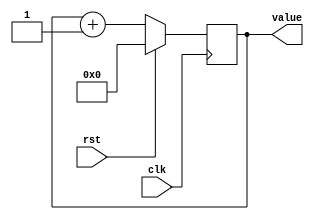
/*
   This file was generated automatically by Alchitry Labs version 1.2.7.
   Do not edit this file directly. Instead edit the original Lucid source.
   This is a temporary file and any changes made to it will be destroyed.
*/

/*
   Parameters:
     SIZE = WIDTH
     DIV = DIV
     TOP = TOP
     UP = 1
*/
module counter_3 (
    input clk,
    input rst,
    output reg [7:0] value
  );
  
  localparam SIZE = 4'h8;
  localparam DIV = 1'h0;
  localparam TOP = 1'h0;
  localparam UP = 1'h1;
  
  
  reg [7:0] M_ctr_d, M_ctr_q = 1'h0;
  
  localparam MAX_VALUE = 1'h0;
  
  always @* begin
    M_ctr_d = M_ctr_q;
    
    value = M_ctr_q;
    if (1'h1) begin
      M_ctr_d = M_ctr_q + 1'h1;
      if (1'h0 && M_ctr_q == 1'h0) begin
        M_ctr_d = 1'h0;
      end
    end else begin
      M_ctr_d = M_ctr_q - 1'h1;
      if (1'h0 && M_ctr_q == 1'h0) begin
        M_ctr_d = 1'h0;
      end
    end
  end
  
  always @(posedge clk) begin
    if (rst == 1'b1) begin
      M_ctr_q <= 1'h0;
    end else begin
      M_ctr_q <= M_ctr_d;
    end
  end
  
endmodule